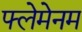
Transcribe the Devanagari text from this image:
फ्लेमेनम